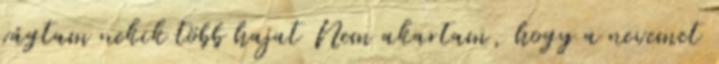
vágtam nekik több hajat Nem akartam, hogy a nevemet